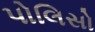
પોલિસો